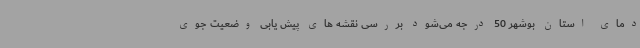
دمای استان بوشهر 50 درجه می‌شود بررسی نقشه های پیش یابی وضعیت جوی